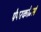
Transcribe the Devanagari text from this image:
पेपरकोर्न्स